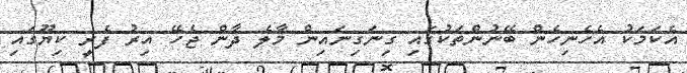
އެކަމަކު އެހެނިހެން ބޭނުންތަކުގައި ގިނަގިނައިން މާލެ ދާން ޖެހޭ އިރު ފެރީ ކިޔޫގައި